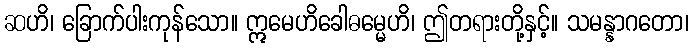
ဆဟိ၊ ခြောက်ပါးကုန်သော။ ဣမေဟိခေါဓမ္မေဟိ၊ ဤတရားတို့နှင့်။ သမန္နာဂတော၊